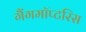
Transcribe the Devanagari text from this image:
गैंगमॉप्टरिस